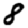
Digit: 8